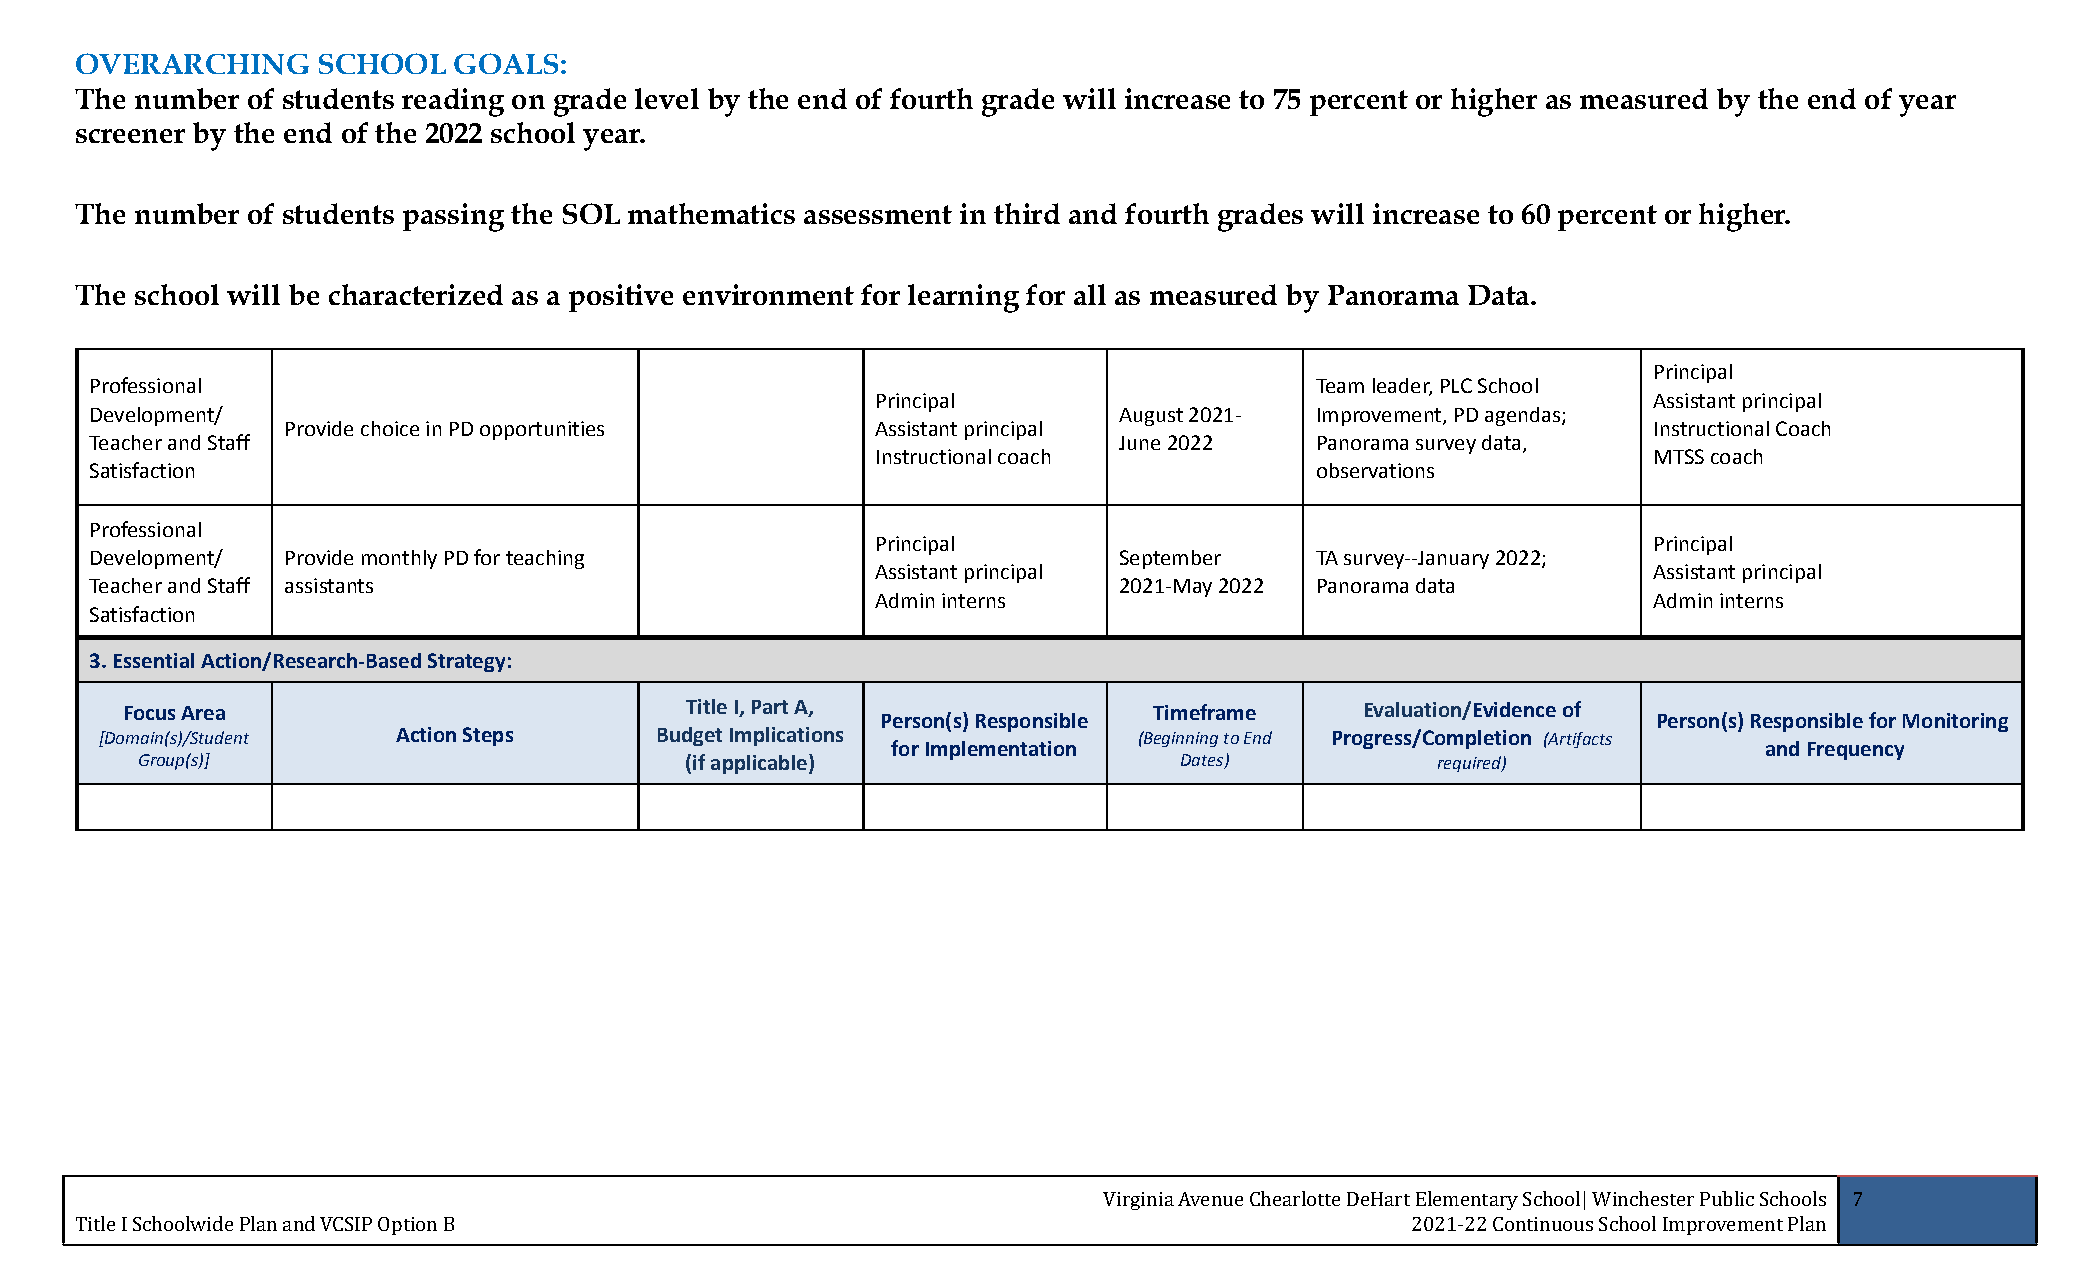
OVERARCHING     SCHOOL   GOALS:
 The number of students reading on grade level by the end of fourth grade will increase to 75 percent or higher as measured by the end of year
 screener by the end of the 2022 school year.
 The number of students passing the SOL mathematics assessment in third and fourth grades will increase to 60 percent or higher.
 The school will be characterized as a positive environment for learning for all as measured by Panorama Data.
 Principal
 Professional                                                                     Team leader, PLC School
 Principal                                          Assistant principal
 Development/                                                        August 2021- Improvement, PD agendas;
 Provide choice in PD opportunities     Assistant principal                                Instructional Coach
 Teacher and Staff                                                   June 2022    Panorama survey data,
 Instructional coach                                MTSS coach
 Satisfaction                                                                     observations
 Professional
 Principal                                          Principal
 Development/ Provide monthly PD for teaching                        September    TA survey--January 2022;
 Assistant principal                                Assistant principal
 Teacher and Staff assistants                                        2021-May 2022 Panorama data
 Admin interns                                      Admin interns
 Satisfaction
 3. Essential Action/Research-Based Strategy:
 Focus Area                           Title I, Part A,               Timeframe     Evaluation/Evidence of
 Person(s) Responsible                               Person(s) Responsible for Monitoring
 [Domain(s)/Student Action Steps     Budget Implications             (Beginning to End Progress/Completion (Artifacts
 for Implementation                                        and Frequency
 Group(s)]                           (if applicable)                  Dates)           required)
 Virginia Avenue Chearlotte DeHart Elementary School| Winchester Public Schools 7
 Title I Schoolwide Plan and VCSIP Option B                                              2021-22 Continuous School Improvement Plan